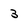
Character: 3